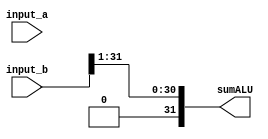
module ALUShiftR (
	input [31:0] input_a, input_b,
	output [31:0] sumALU,
	);
	
	reg [31:0] results;
	assign sumALU = results;
	
	
	always @(*)
	begin
		
         // Logical shift right
           results = input_b>>1;
	end
	
endmodule